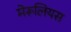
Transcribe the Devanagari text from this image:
मेरूलियस